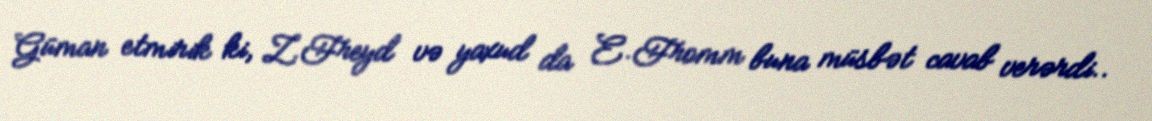
Güman etmirik ki, Z.Freyd və yaxud da E.Fromm buna müsbət cavab verərdi..